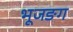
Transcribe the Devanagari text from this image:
भूजङग